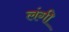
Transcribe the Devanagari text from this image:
लंगी